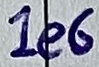
Text: 1e6